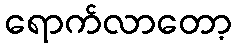
ရောက်လာတော့